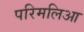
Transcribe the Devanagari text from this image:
परिमलिआ